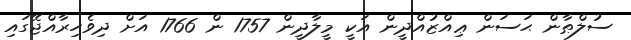
ސުލްޠާން ޙަސަން ޢިއްޒުއްދީން އަކީ މީލާދީން 1757 ން 1766 އަށް ދިވެހިރާއްޖޭގައި